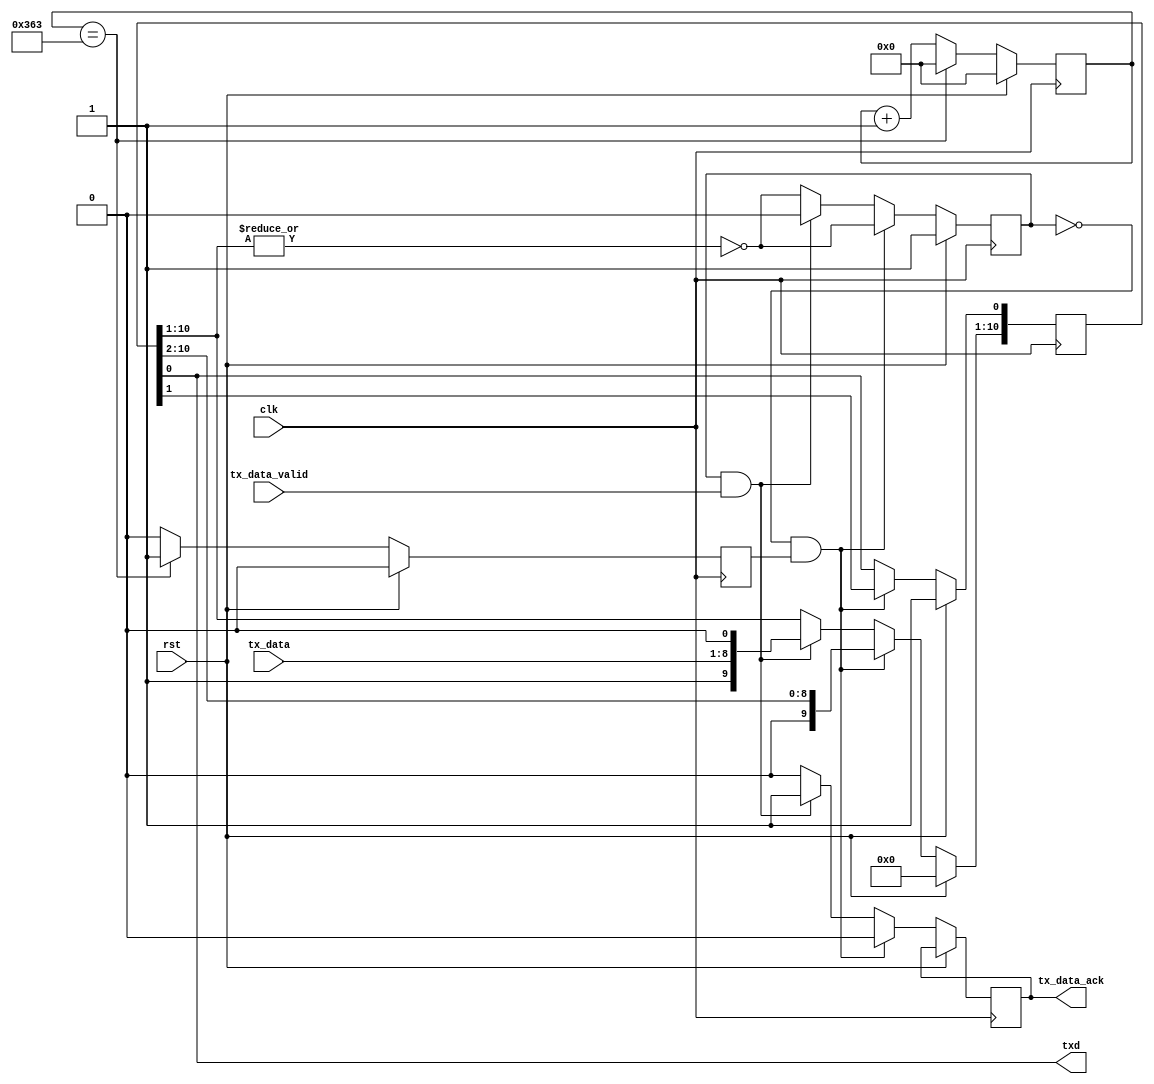
module uart_tx (clk,rst,tx_data,tx_data_valid,tx_data_ack,txd);
   
   output txd;
   input clk, rst;
   input [7:0] tx_data;
   input tx_data_valid;
   output tx_data_ack;

   parameter BAUD_DIVISOR = 868;

   reg [15:0] sample_cntr;
   reg [10:0] tx_shift;
   reg sample_now;
   reg tx_data_ack;

   assign txd = tx_shift[0];

   always @(posedge clk) begin
      if (rst) begin
	 sample_cntr <= 0;
	 sample_now <= 1'b0;
      end
      else if (sample_cntr == (BAUD_DIVISOR-1)) begin
	 sample_cntr <= 0;
	 sample_now <= 1'b1;
      end
      else begin
	 sample_now <= 1'b0;
	 sample_cntr <= sample_cntr + 1'b1;
      end
   end

   reg ready;
   always @(posedge clk) begin
      if (rst) begin
	 tx_shift <= {11'b00000000001};
	 ready <= 1'b1;
      end
      else begin		
	 if (!ready & sample_now) begin
	    tx_shift <= {1'b0,tx_shift[10:1]};
	    tx_data_ack <= 1'b0;
	    ready <= ~|tx_shift[10:1];
	 end		
	 else if (ready & tx_data_valid) begin
	    tx_shift[10:1] <= {1'b1,tx_data,1'b0};
	    tx_data_ack <= 1'b1;
	    ready <= 1'b0;		
	 end
	 else begin
	    tx_data_ack <= 1'b0;
	    ready <= ~|tx_shift[10:1];
	 end
      end		
   end

endmodule

////////////////////////////////////////////////////////////////////

module uart_rx (clk,rst,rx_data,rx_data_fresh,rxd);
   
   input clk, rst, rxd;
   output [7:0] rx_data;
   output rx_data_fresh;

   parameter BAUD_DIVISOR = 868;

   reg [15:0] sample_cntr;
   reg [7:0] rx_shift;
   reg sample_now;
   reg [7:0] rx_data;
   reg rx_data_fresh;

   reg last_rxd;
   always @(posedge clk) begin
      last_rxd <= rxd;
   end
   wire slew = rxd ^ last_rxd;

   always @(posedge clk) begin
      if (rst) begin
	 sample_cntr <= 0;
	 sample_now <= 1'b0;
      end
      else if (sample_cntr == (BAUD_DIVISOR-1) || slew) begin
	 sample_cntr <= 0;
      end
      else if (sample_cntr == (BAUD_DIVISOR/2)) begin
	 sample_now <= 1'b1;
	 sample_cntr <= sample_cntr + 1'b1;
      end
      else begin
	 sample_now <= 1'b0;
	 sample_cntr <= sample_cntr + 1'b1;
      end
   end

   reg [1:0] state;
   reg [3:0] held_bits;
   parameter WAITING = 2'b00, READING = 2'b01, STOP = 2'b10, RECOVER = 2'b11;

   always @(posedge clk) begin
      if (rst) begin
	 state <= WAITING;
	 held_bits <= 0;
	 rx_shift <= 0;
	 rx_data_fresh <= 1'b0;
	 rx_data <= 0;
      end
      else begin
	 rx_data_fresh <= 1'b0;
	 case (state) 
	   WAITING : begin
	      // wait for a start bit (0)
	      if (!slew & sample_now && !last_rxd) begin
		 state <= READING;
		 held_bits <= 0;
	      end
	   end
	   READING : begin
	      // gather data bits
	      if (sample_now) begin
		 rx_shift <= {last_rxd,rx_shift[7:1]};
		 held_bits <= held_bits + 1'b1;
		 if (held_bits == 4'h7) state <= STOP;
	      end
	   end
	   STOP : begin
	      // verify stop bit (1)
	      if (sample_now) begin
		 if (last_rxd) begin
		    rx_data <= rx_shift;
		    rx_data_fresh <= 1'b1;
		    state <= WAITING;
		 end
		 else begin
		    // there was a framing error -
		    // discard the byte and work on resync
		    state <= RECOVER;
		 end
	      end					
	   end
	   RECOVER : begin
	      // wait for an idle (1) then resume
	      if (sample_now) begin
		 if (last_rxd) state <= WAITING;
	      end				
	   end
	 endcase
      end
   end

endmodule

////////////////////////////////////////////////////////////////////

module uart (clk,rst,
   tx_data,tx_data_valid,tx_data_ack,txd,
   rx_data,rx_data_fresh,rxd);

   parameter CLK_HZ = 25_000_000;
   parameter BAUD = 115200;
   parameter BAUD_DIVISOR = CLK_HZ / BAUD;

   initial begin
      if (BAUD_DIVISOR > 16'hffff) begin
	 // This rate is too slow for the TX and RX sample 
	 // counter resolution
	 $display ("Error - Increase the size of the sample counters");
	 $stop();
      end
   end

   output txd;
   input clk, rst, rxd;
   input [7:0] tx_data;
   input tx_data_valid;
   output tx_data_ack;
   output [7:0] rx_data;
   output rx_data_fresh;

   uart_tx utx (
      .clk(clk),.rst(rst),
      .tx_data(tx_data),
      .tx_data_valid(tx_data_valid),
      .tx_data_ack(tx_data_ack),
      .txd(txd));

   defparam utx .BAUD_DIVISOR = BAUD_DIVISOR;

   uart_rx urx (
      .clk(clk),.rst(rst),
      .rx_data(rx_data),
      .rx_data_fresh(rx_data_fresh),
      .rxd(rxd));

   defparam urx .BAUD_DIVISOR = BAUD_DIVISOR;

endmodule